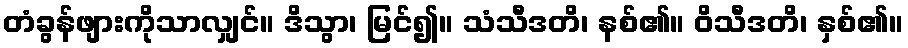
တံခွန်ဖျားကိုသာလျှင်။ ဒိသွာ၊ မြင်၍။ သံသီဒတိ၊ နစ်၏။ ဝိသီဒတိ၊ နှစ်၏။